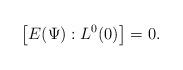
LaTeX: \begin{align*}\left[E(\Psi):L^0(0)\right]=0.\end{align*}